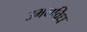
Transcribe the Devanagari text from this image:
उभयविध